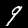
Label: 9